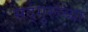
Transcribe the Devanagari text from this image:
सद्‌गुरूच्या